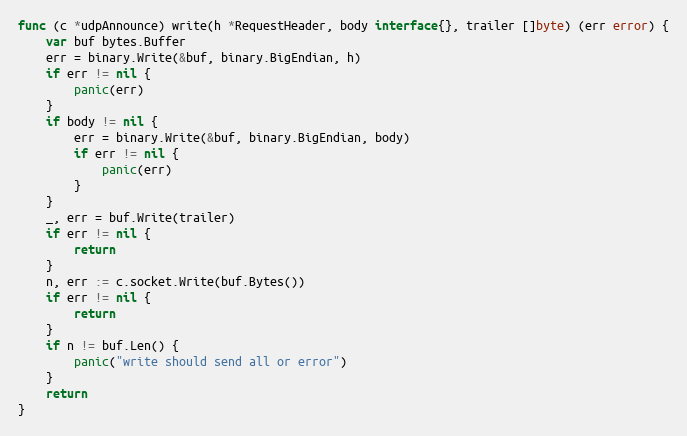
Language: Go
func (c *udpAnnounce) write(h *RequestHeader, body interface{}, trailer []byte) (err error) {
	var buf bytes.Buffer
	err = binary.Write(&buf, binary.BigEndian, h)
	if err != nil {
		panic(err)
	}
	if body != nil {
		err = binary.Write(&buf, binary.BigEndian, body)
		if err != nil {
			panic(err)
		}
	}
	_, err = buf.Write(trailer)
	if err != nil {
		return
	}
	n, err := c.socket.Write(buf.Bytes())
	if err != nil {
		return
	}
	if n != buf.Len() {
		panic("write should send all or error")
	}
	return
}